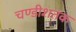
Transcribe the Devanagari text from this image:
चण्डीशतक